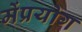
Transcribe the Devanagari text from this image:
मेंप्रयोग